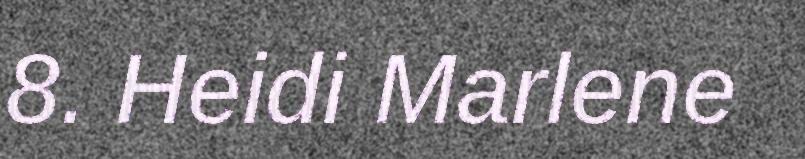
8. Heidi Marlene